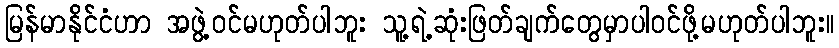
မြန်မာနိုင်ငံဟာ အဖွဲ့ဝင်မဟုတ်ပါဘူး သူ့ရဲ့ဆုံးဖြတ်ချက်တွေမှာပါဝင်ဖို့မဟုတ်ပါဘူး။